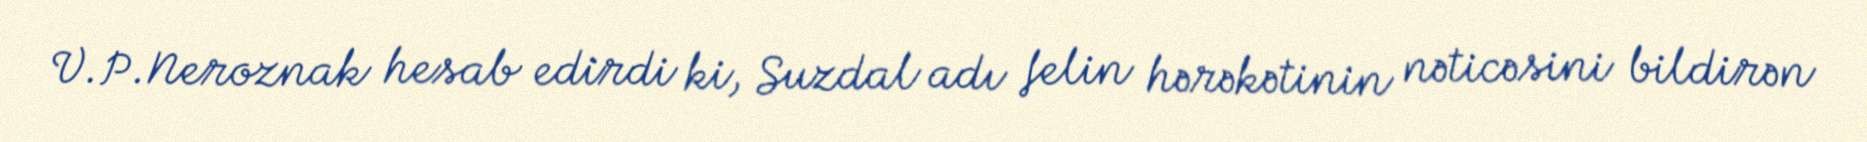
V.P.Neroznak hesab edirdi ki, Suzdal adı felin hərəkətinin nəticəsini bildirən